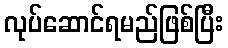
လုပ်ဆောင်ရမည်ဖြစ်ပြီး